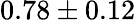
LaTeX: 0.78\pm 0.12